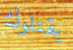
يقتلوك